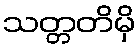
သတ္တတိမှိ